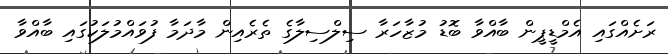
ރަށެއްގައި އެމްޑީޕީން ބާއްވާ ބޮޑު މުޒާހަރާ ސިލްސިލާގެ ތެރެއިން މާދަމާ ފުވައްމުލަކުގައި ބާއްވާ